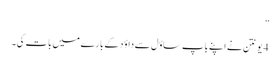
”
4 یونتن نے اپنے باپ ساؤل سے داؤد کے بارے میں بات کی۔